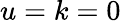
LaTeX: u=k=0